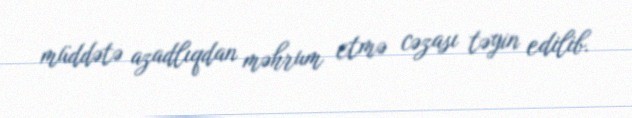
müddətə azadlıqdan məhrum etmə cəzası təyin edilib.